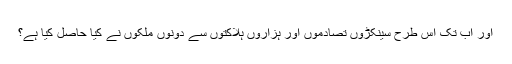
اور اب تک اس طرح سینکڑوں تصادموں اور ہزاروں ہلاکتوں سے دونوں ملکوں نے کیا حاصل کیا ہے؟